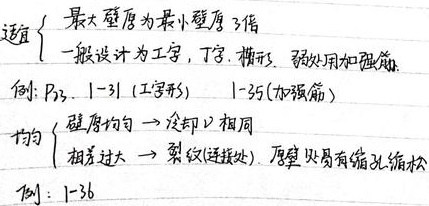
适宜
\begin{cases}
\text{最大壁厚为最小壁厚3倍}\\
\text{一般设计为工宇，丁字，槽形，  弱处用加强筋}\\
\text{例: } P_{31}.\ 1 - 31 \ (\text{工字形})\ \ 1 - 35(\text{加强筋})
\end{cases}

均匀
\begin{cases}
\text{壁厚均匀}\to\text{冷却口相同}\\
\text{相差过大}\to\text{裂纹(连接处)，厚壁处易有缩孔缩松}\\
\text{例：}1 - 36
\end{cases}